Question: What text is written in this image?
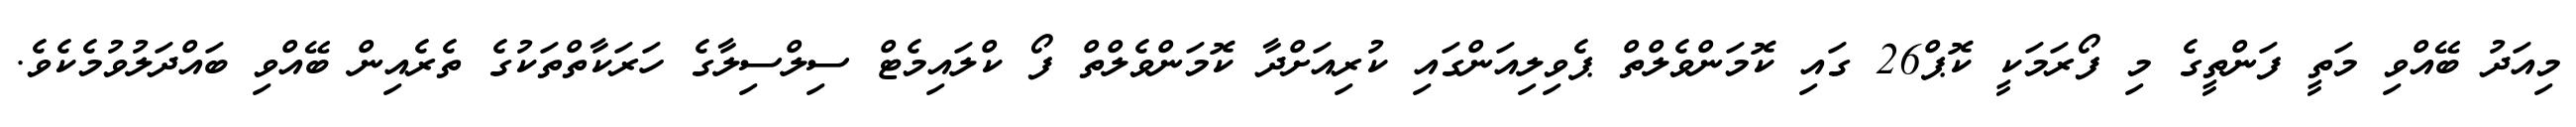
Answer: މިއަދު ބޭއްވި މަތީ ފަންތީގެ މި ފޯރަމަކީ ކޮޕް26 ގައި ކޮމަންވެލްތް ޕެވިލިއަންގައި ކުރިއަށްދާ ކޮމަންވެލްތް ފޯ ކްލައިމެޓް ސިލްސިލާގެ ހަރަކާތްތަކުގެ ތެރެއިން ބޭއްވި ބައްދަލުވުމެކެވެ.